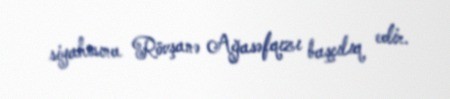
siyahısına Rövşanə Ağasəfqızı başçılıq edir.